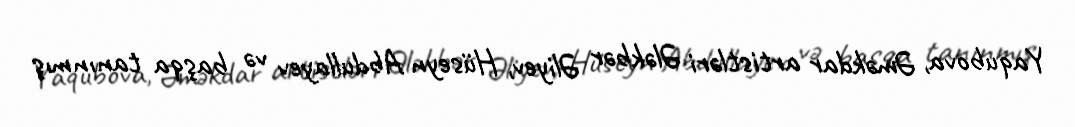
Yaqubova, Əməkdar artistləri Ələkbər Əliyev, Hüseyn Abdullayev və başqa tanınmış